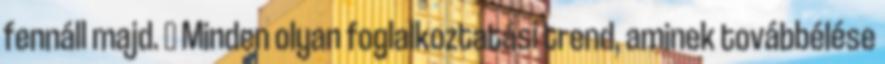
fennáll majd.  Minden olyan foglalkoztatási trend, aminek továbbélése